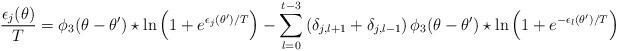
LaTeX: \begin{align*}{\epsilon_j(\theta)\over T}=\phi_{3}(\theta-\theta')\star \ln\left(1+e^{\epsilon_j(\theta')/T}\right)-\sum_{l=0}^{t-3} \left(\delta_{j,l+1}+\delta_{j,l-1}\right)\phi_{3}(\theta-\theta')\star\ln\left(1+e^{-\epsilon_l(\theta')/T}\right)\end{align*}